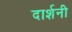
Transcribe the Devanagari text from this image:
दार्शनी